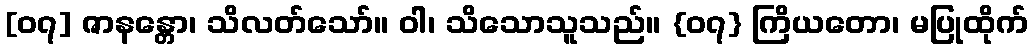
[၀၇] ဇာနန္တော၊ သိလတ်သော်။ ဝါ၊ သိသောသူသည်။ {၀၇} ကြိယတော၊ မပြုထိုက်